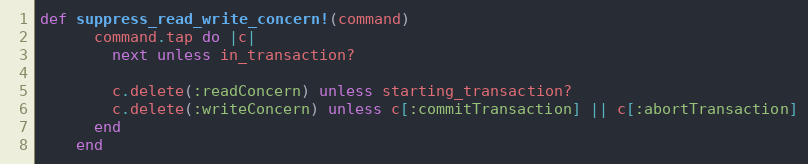
Language: Ruby
def suppress_read_write_concern!(command)
      command.tap do |c|
        next unless in_transaction?

        c.delete(:readConcern) unless starting_transaction?
        c.delete(:writeConcern) unless c[:commitTransaction] || c[:abortTransaction]
      end
    end